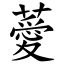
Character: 薆